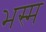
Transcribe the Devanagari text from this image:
भस्‍म